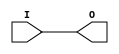
// $Header: /devl/xcs/repo/env/Databases/CAEInterfaces/verunilibs/s/IBUF.v,v 1.10.6.3 2004/06/02 22:04:26 patrickp Exp $

/*

FUNCTION	: INPUT BUFFER

*/

`timescale  100 ps / 10 ps


module IBUF (O, I);

    parameter CAPACITANCE = "DONT_CARE";
    parameter IOSTANDARD = "DEFAULT";
    
    output O;
    input  I;

    buf B1 (O, I);
    
    
    initial begin
	
        case (CAPACITANCE)

            "LOW", "NORMAL", "DONT_CARE" : ;
            default : begin
                          $display("Attribute Syntax Error : The attribute CAPACITANCE on IBUF instance %m is set to %s.  Legal values for this attribute are DONT_CARE, LOW or NORMAL.", CAPACITANCE);
                          $finish;
                      end

        endcase

    end

endmodule